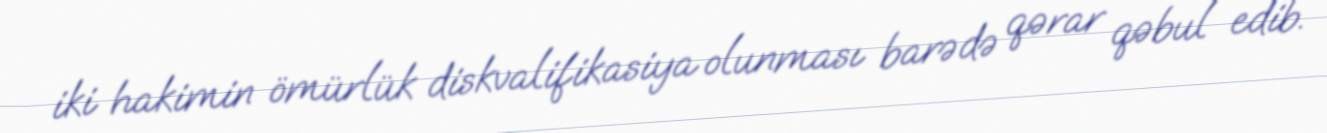
iki hakimin ömürlük diskvalifikasiya olunması barədə qərar qəbul edib.